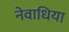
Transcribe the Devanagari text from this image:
नेवाधिया